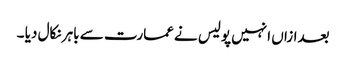
بعدازاں انہیں پولیس نے عمارت سے باہر نکال دیا ۔